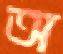
অ